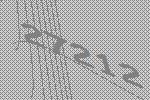
27212